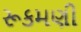
રૂકમણી